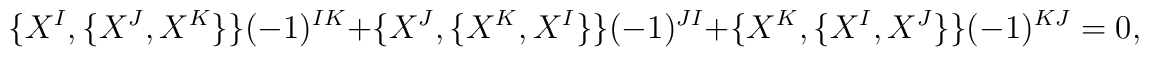
\{X^I, \{X^J, X^K\}\} (-1)^{IK} + \{X^J, \{X^K, X^I\}\} (-1)^{JI} +  \{X^K, \{X^I, X^J\}\} (-1)^{KJ} = 0,